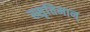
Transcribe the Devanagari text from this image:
स्सृतिमान्